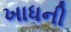
ખાધની